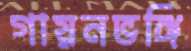
গায়নভঙ্গি